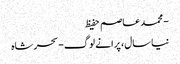
- محمد عاصم حفیظ
نیا سال، پرانے لوگ - سحر شاہ